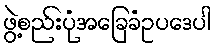
ဖွဲ့စည်းပုံအခြေခံဥပဒေပါ